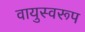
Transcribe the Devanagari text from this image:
वायुस्वरूप